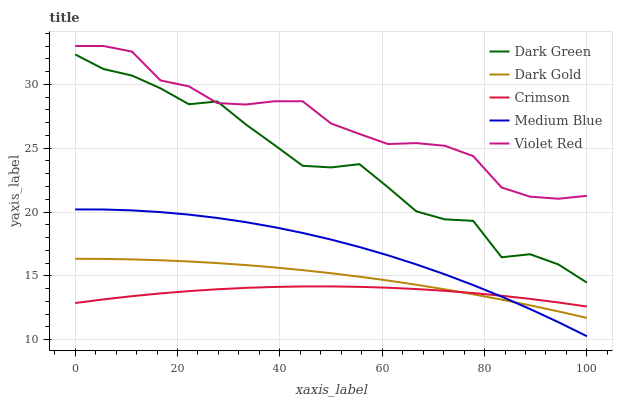
| xaxis_label | Dark Green | Dark Gold | Crimson | Medium Blue | Violet Red |
 | --- | --- | --- | --- | --- | --- |
 | 0 | 32.3 | 16.3 | 12.9 | 20.2 | 33 |
 | 5.56 | 31.2 | 16.3 | 13.2 | 20.2 | 33 |
 | 11.1 | 30.7 | 16.3 | 13.4 | 20.1 | 32.6 |
 | 16.7 | 29.7 | 16.2 | 13.6 | 20 | 30.3 |
 | 22.2 | 28.4 | 16.1 | 13.8 | 19.8 | 29.8 |
 | 27.8 | 28.7 | 16 | 14 | 19.5 | 28.5 |
 | 33.3 | 26.9 | 15.8 | 14.1 | 19.2 | 28.4 |
 | 38.9 | 25.3 | 15.7 | 14.1 | 18.8 | 28.7 |
 | 44.4 | 23.6 | 15.5 | 14.2 | 18.4 | 28.7 |
 | 50 | 23.5 | 15.2 | 14.2 | 17.8 | 26.9 |
 | 55.6 | 23.7 | 14.9 | 14.1 | 17.3 | 26.1 |
 | 61.1 | 21.9 | 14.6 | 14.1 | 16.6 | 25.3 |
 | 66.7 | 20.1 | 14.3 | 14 | 15.9 | 25.4 |
 | 72.2 | 19.4 | 13.9 | 13.8 | 15.1 | 25.2 |
 | 77.8 | 19.3 | 13.6 | 13.7 | 14.3 | 24.4 |
 | 83.3 | 16.5 | 13.1 | 13.4 | 13.4 | 21.9 |
 | 88.9 | 16.7 | 12.7 | 13.2 | 12.4 | 21.2 |
 | 94.4 | 15.9 | 12.2 | 12.9 | 11.4 | 21 |
 | 100 | 14.5 | 11.7 | 12.6 | 10.3 | 21.3 |